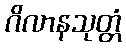
ဂိလာနသုတ္တံ